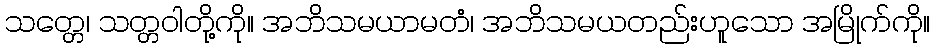
သတ္တေ၊ သတ္တဝါတို့ကို။ အဘိသမယာမတံ၊ အဘိသမယတည်းဟူသော အမြိုက်ကို။